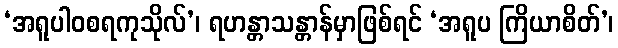
‘အရူပါဝစရကုသိုလ်’၊ ရဟန္တာသန္တာန်မှာဖြစ်ရင် ‘အရူပ ကြိယာစိတ်’၊